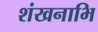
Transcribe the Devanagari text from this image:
शंखनाभि